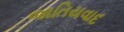
જાતિયવાદ